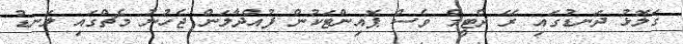
ގަލޮޅު ދަނޑުގައި ރޭ ދެޓީމް ވެސް ޕޮއިންޓަކުން ފުއްދާލަން ޖެހުނު މެޗްގައި ލަނޑު